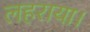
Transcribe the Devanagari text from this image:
लहराया।